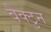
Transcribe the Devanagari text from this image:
बैक्टुन